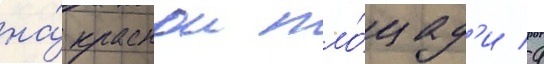
на́ краснои пло́щад'и 9